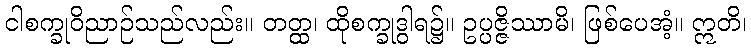
ငါစက္ခုဝိညာဉ်သည်လည်း။ တတ္ထ၊ ထိုစက္ခုဒွါရ၌။ ဥပ္ပဇ္ဇိဿာမိ၊ ဖြစ်ပေအံ့။ ဣတိ၊